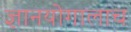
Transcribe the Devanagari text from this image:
ज्ञानयोगालाच